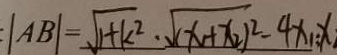
\vert A B \vert = \sqrt { 1 + k ^ { 2 } } \cdot \sqrt { ( x _ { 1 } + x _ { 2 } ) ^ { 2 } } - 4 x _ { 1 } x